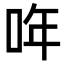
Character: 哖